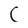
Character: C